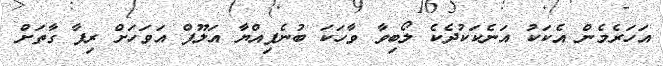
އަހަރެމެން އެކަކު އަނެކަކުދެކެ ލޯބިވާ ވާހަކަ ބުނެފިއްޔާ އަލޫފް އަވަހަށް ރިފާ ގާތަށް